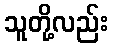
သူတို့လည်း